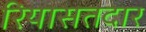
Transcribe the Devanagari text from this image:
रियासतदार